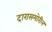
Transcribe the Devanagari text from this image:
दारासमोरील